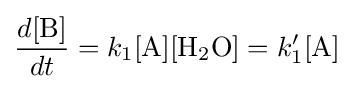
{\frac {d[{\ce {B}}]}{dt}}=k_{1}{\ce {[A][H2O]}}=k_{1}'[{\ce {A}}]